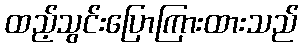
ထည့်သွင်းပြောကြားထားသည်